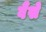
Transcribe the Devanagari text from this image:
वैंसे